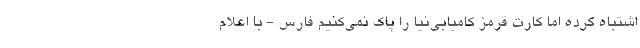
اشتباه کرده اما کارت قرمز کامیابی‌نیا را پاک نمی‌کنیم فارس - با اعلام